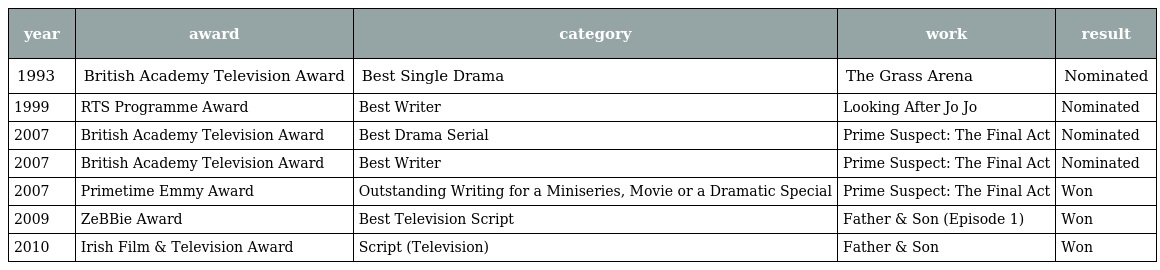
| year | award | category | work | result |
 | --- | --- | --- | --- | --- |
 | 1993 | British Academy Television Award | Best Single Drama | The Grass Arena | Nominated |
 | 1999 | RTS Programme Award | Best Writer | Looking After Jo Jo | Nominated |
 | 2007 | British Academy Television Award | Best Drama Serial | Prime Suspect: The Final Act | Nominated |
 | 2007 | British Academy Television Award | Best Writer | Prime Suspect: The Final Act | Nominated |
 | 2007 | Primetime Emmy Award | Outstanding Writing for a Miniseries, Movie or a Dramatic Special | Prime Suspect: The Final Act | Won |
 | 2009 | ZeBBie Award | Best Television Script | Father & Son (Episode 1) | Won |
 | 2010 | Irish Film & Television Award | Script (Television) | Father & Son | Won |